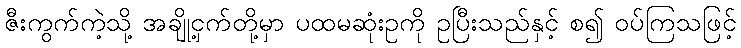
ဇီးကွက်ကဲ့သို့ အချို့ငှက်တို့မှာ ပထမဆုံးဥကို ဥပြီးသည်နှင့် စ၍ ဝပ်ကြသဖြင့်